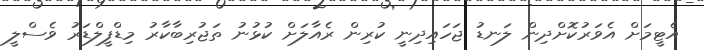
އެޓީމަށް އެވަރުކޮށްދިން ލަނޑު ޖަހައިދިނީ ކުރިން ރެއާލަށް ކުޅުނު ތަޖުރިބާކާރު މިޑްފީލްޑަރު ވެސްލީ